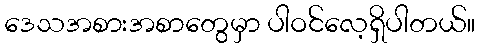
ဒေသအစားအစာတွေမှာ ပါဝင်လေ့ရှိပါတယ်။